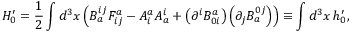
H _ { 0 } ^ { \prime } = \frac { 1 } { 2 } \int d ^ { 3 } x \left( B _ { a } ^ { i j } F _ { i j } ^ { a } - A _ { i } ^ { a } A _ { a } ^ { i } + \left( \partial ^ { i } B _ { 0 i } ^ { a } \right) \left( \partial _ { j } B _ { a } ^ { 0 j } \right) \right) \equiv \int d ^ { 3 } x \, h _ { 0 } ^ { \prime } ,